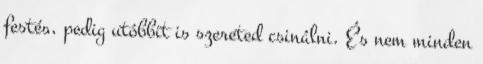
festés, pedig utóbbit is szereted csinálni. És nem minden